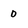
Character: 0